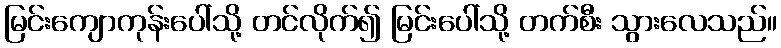
မြင်းကျောကုန်းပေါ်သို့ တင်လိုက်၍ မြင်းပေါ်သို့ တက်စီး သွားလေသည်။